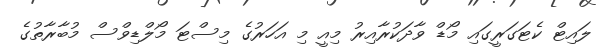
ލައިޓް ކެޓަގަރީގައި މޯޑް ވާދަކުރާއިރު މިއީ މި އަހަރުގެ މިސްޓަ މޯލްޑިވްސް މުބާރާތުގެ